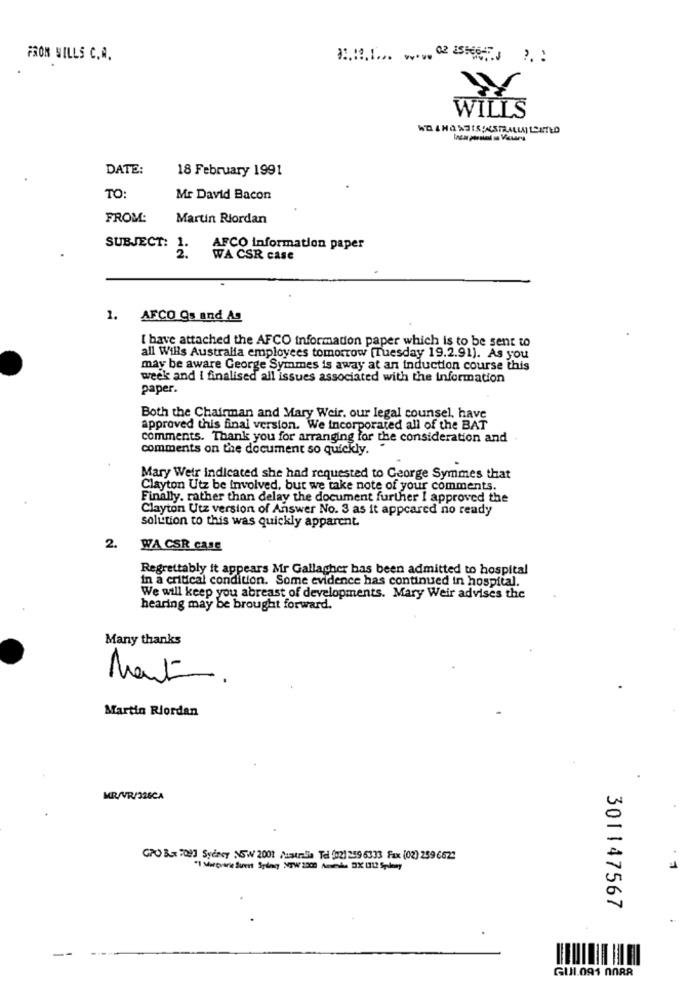
FRON WILLS C.A.
WILLS
DATE:
18 February 1991
TO:
Mr David Bacon
FROM:
Martin Riordan
SUBJECT:
AFCO information paper
2.
WA CSR case
1. AFCO Os and As
I have attached the AFCO information paper which is to be sent to
all Wills Australia employees tomorrow (Tuesday 19.2.91). As you
may be aware George Symmes is away at an induction course this
week and i finalised all issues associated with the Information
paper.
Both the Chairman and Mary Weir. our legal counsel, have
approved this final version. We incorporated all of the BAT
comments. Thank you for arranging for the consideration and
comments on the document so quickly.
Mary Weir indicated she had requested to George Symmes that
Clayton Utz be involved, but we take note of your comments.
Finally. rather than delay the document further I approved the
Clayton Utz version of Answer No. 3 as it appeared no ready
solution to this was quickly apparent.
2.
WA CSR CALE
Regrettably it appears Mir Gallagher has been admitted to hospital
in a critical condition. Some evidence has continued in hospital.
We will keep you abreast of developments. Mary Weir advises the
hearing may be brought forward.
Many thanks
Mant.
Martin Riordan
MR/VR/326CA
GPO 3x 7093 Sydavy NSW 2001 Justmalia Tel (02) 259 6333 Fax (02) 259 6622
1
301147567
GUJI.091 NORR